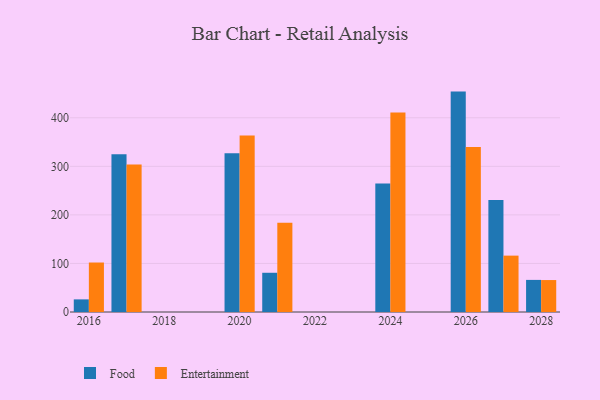
{"axis": {"x": "Year", "y": "Latency (ms)"}, "legend": ["Entertainment", "Food"], "data": [{"x": "2026", "y": 453.9, "type": "Food"}, {"x": "2026", "y": 340.0, "type": "Entertainment"}, {"x": "2028", "y": 66.1, "type": "Food"}, {"x": "2028", "y": 65.8, "type": "Entertainment"}, {"x": "2020", "y": 327.1, "type": "Food"}, {"x": "2020", "y": 363.7, "type": "Entertainment"}, {"x": "2016", "y": 26.0, "type": "Food"}, {"x": "2016", "y": 101.9, "type": "Entertainment"}, {"x": "2024", "y": 264.5, "type": "Food"}, {"x": "2024", "y": 410.7, "type": "Entertainment"}, {"x": "2027", "y": 230.6, "type": "Food"}, {"x": "2027", "y": 116.1, "type": "Entertainment"}, {"x": "2017", "y": 324.9, "type": "Food"}, {"x": "2017", "y": 303.9, "type": "Entertainment"}, {"x": "2021", "y": 80.8, "type": "Food"}, {"x": "2021", "y": 183.6, "type": "Entertainment"}]}